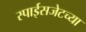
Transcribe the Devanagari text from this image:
स्पाईसजेटच्या